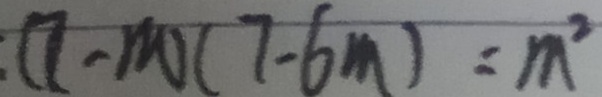
: ( 7 - m ) ( 7 - 6 m ) = m ^ { 2 }